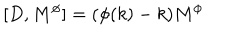
\lbrack D , M ^ { \phi } ] = ( \phi ( k ) - k ) M ^ { \phi }